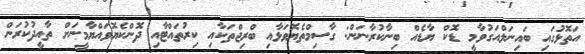
އަތޮޅުގައި ބައިނަލްއަގުވާމީ ޑޮކް ޔާޑެއް ބިނާކުރާނަން: ގާސިމްތެޔޮވަޅާއި ބްރިޖްތަކާއި ކިރުތައްޓާއި ދޮންކެޔޮވައްޔާމީނަށް ތާއީދުކުރަން